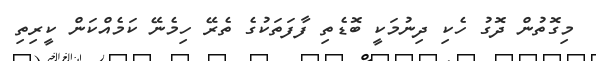
މިގޮތުން ދޮގު ހެކި ދިނުމަކީ ބޮޑެތި ފާފަތަކުގެ ތެރޭ ހިމެނޭ ކަމެއްކަން ކީރިތި